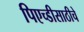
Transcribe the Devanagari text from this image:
पिएच्डीसाठीचे